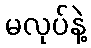
မလုပ်နဲ့